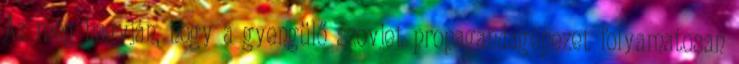
Az még hagyján, hogy a gyengülő szovjet propagandagépezet folyamatosan